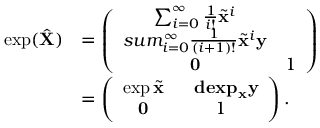
\begin{array} { r l } { \exp ( \hat { \mathbf { X } } ) } & { = \left( \begin{array} { c c } { \sum _ { i = 0 } ^ { \infty } \frac { 1 } { i ! } \tilde { \mathbf { x } } ^ { i } } & { \ } \\ { s u m _ { i = 0 } ^ { \infty } \frac { 1 } { \left( i + 1 \right) ! } \tilde { \mathbf { x } } ^ { i } \mathbf { y } } \\ { \mathbf { 0 } } & { 1 } \end{array} \right) } \\ & { = \left( \begin{array} { c c } { \exp \tilde { \mathbf { x } } } & { \ \ \mathbf { d e x p } _ { \mathbf { x } } \mathbf { y } } \\ { \mathbf { 0 } } & { 1 } \end{array} \right) . } \end{array}